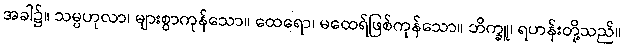
အခါ၌။ သမ္ပဟုလာ၊ များစွာကုန်သော။ ထေရော၊ မထေရ်ဖြစ်ကုန်သော။ ဘိက္ခူ၊ ရဟန်းတို့သည်။